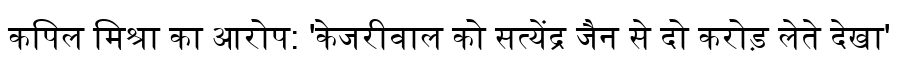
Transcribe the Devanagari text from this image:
कपिल मिश्रा का आरोप: 'केजरीवाल को सत्येंद्र जैन से दो करोड़ लेते देखा'